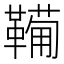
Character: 𩍁